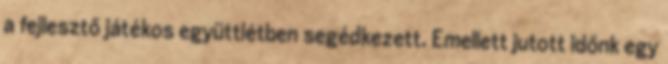
a fejlesztő játékos együttlétben segédkezett. Emellett jutott időnk egy